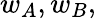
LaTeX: w_{A},w_{B},